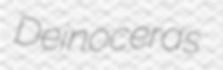
Deinoceras